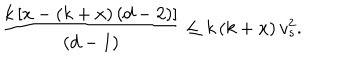
\frac { k \, [ x - ( k + x ) \, ( d - 2 ) ] } { ( d - 1 ) } \leq k \, ( k + x ) \, v _ { s } ^ { 2 } .